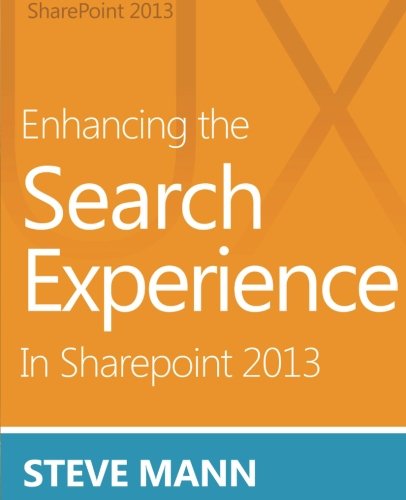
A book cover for Enhancing the Search Experience in SharePoint 2013; Steven Mann; Computers & Technology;